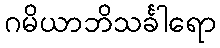
ဂမိယာဘိသင်္ခါရော